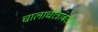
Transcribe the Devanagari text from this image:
चालाचीत्रांबरोबर